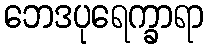
ဘေဒပုရေက္ခာရာ